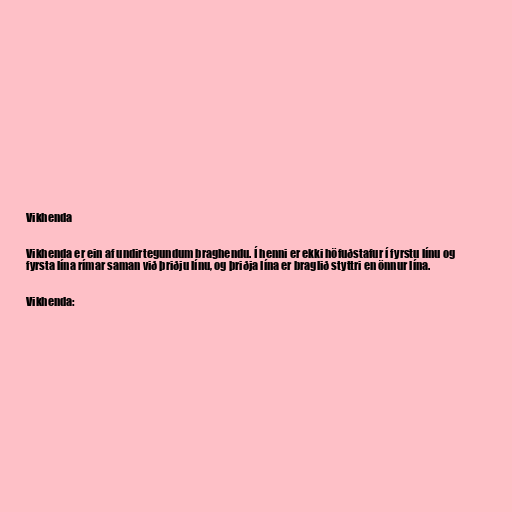
Vikhenda

Vikhenda er ein af undirtegundum braghendu. Í henni er ekki höfuðstafur í fyrstu línu og
fyrsta lína rímar saman við þriðju línu, og þriðja lína er braglið styttri en önnur lína.

Vikhenda: